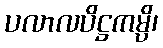
ပလာလပိဋ္ဌကမ္ပိ၊